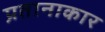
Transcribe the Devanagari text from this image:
प्रतानाकार